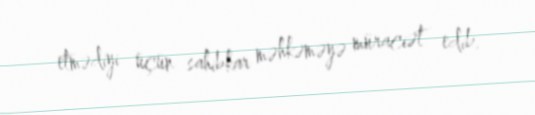
etmədiyi üçün sahibkar məhkəməyə müraciət edib.